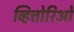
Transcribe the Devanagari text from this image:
व्हित्तोरिओ